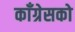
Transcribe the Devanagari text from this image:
काँग्रेसको